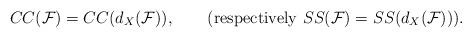
LaTeX: \begin{align*}CC(\mathcal F)=CC(d_X(\mathcal F)), \qquad{\rm(respectively} ~SS(\mathcal F)=SS(d_X(\mathcal F)){\rm)}.\end{align*}